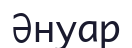
Әнуар